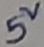
Text: 5V